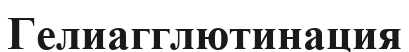
Гелиагглютинация